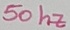
Text: 50 hz